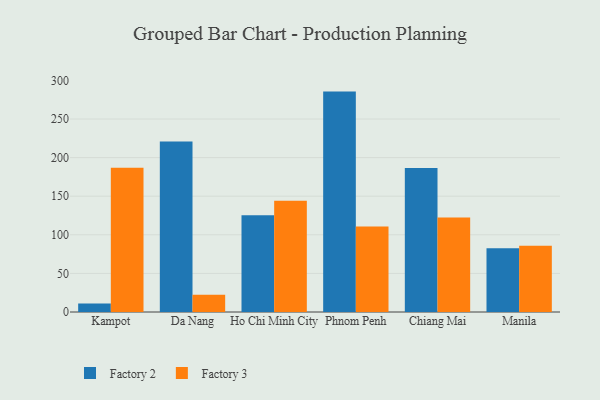
{"axis": {"x": "City", "y": "Churn Rate (%)"}, "legend": ["Factory 2", "Factory 3"], "data": [{"x": "Kampot", "y": 11.1, "type": "Factory 2"}, {"x": "Kampot", "y": 186.9, "type": "Factory 3"}, {"x": "Da Nang", "y": 220.7, "type": "Factory 2"}, {"x": "Da Nang", "y": 22.4, "type": "Factory 3"}, {"x": "Ho Chi Minh City", "y": 125.3, "type": "Factory 2"}, {"x": "Ho Chi Minh City", "y": 144.0, "type": "Factory 3"}, {"x": "Phnom Penh", "y": 285.5, "type": "Factory 2"}, {"x": "Phnom Penh", "y": 110.6, "type": "Factory 3"}, {"x": "Chiang Mai", "y": 186.6, "type": "Factory 2"}, {"x": "Chiang Mai", "y": 122.3, "type": "Factory 3"}, {"x": "Manila", "y": 82.7, "type": "Factory 2"}, {"x": "Manila", "y": 85.7, "type": "Factory 3"}]}